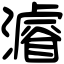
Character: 𤀹